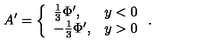
A ^ { \prime } = \left\{ \begin{array} { l l } { \frac { 1 } { 3 } \Phi ^ { \prime } , } & { y < 0 } \\ { - \frac { 1 } { 3 } \Phi ^ { \prime } , } & { y > 0 } \\ \end{array} \right. .